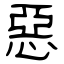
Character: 惡